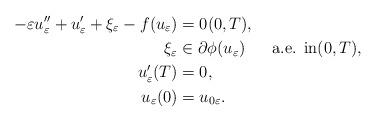
LaTeX: \begin{align*}-\varepsilon u_{\varepsilon}^{\prime\prime}+u_{\varepsilon}^{\prime}+\xi_{\varepsilon}-f(u_{\varepsilon}) & =0(0,T),\\\xi_{\varepsilon} & \in\partial\phi(u_{\varepsilon})\text{ \ \ \ \ a.e. in}(0,T),\\u_{\varepsilon}^{\prime}(T) & =0,\\u_{\varepsilon}(0) & =u_{0\varepsilon}.\end{align*}